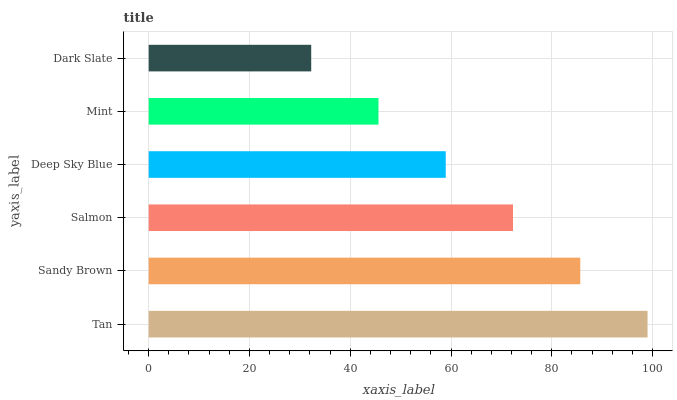
| yaxis_label | bars |
 | --- | --- |
 | Tan | 99 |
 | Sandy Brown | 85.7 |
 | Salmon | 72.3 |
 | Deep Sky Blue | 59 |
 | Mint | 45.6 |
 | Dark Slate | 32.3 |